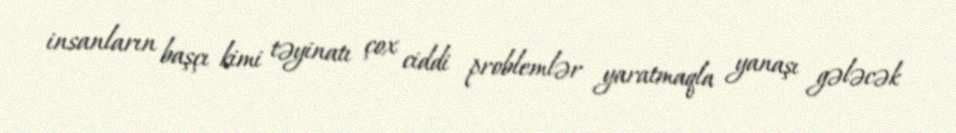
insanların başçı kimi təyinatı çox ciddi problemlər yaratmaqla yanaşı gələcək